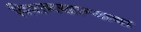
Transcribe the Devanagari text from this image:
दिवाणखान्याचा